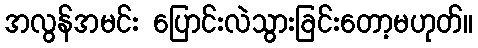
အလွန်အမင်း ပြောင်းလဲသွားခြင်းတော့မဟုတ်။